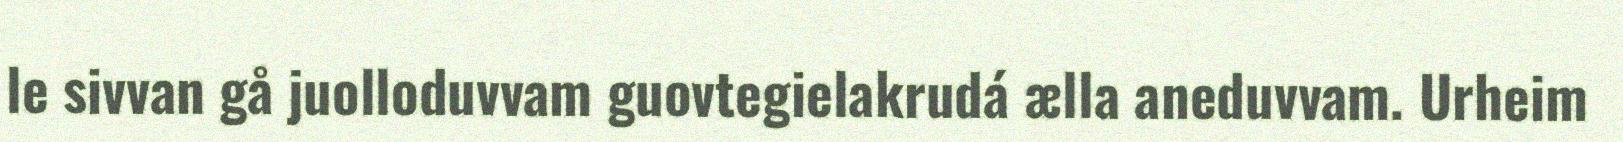
le sivvan gå juolloduvvam guovtegielakrudá ælla aneduvvam. Urheim